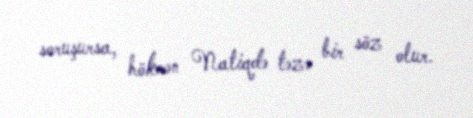
soruşursa, hökmən Natiqdə təzə bir söz olur.